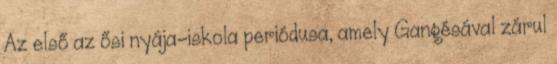
Az első az ősi nyája-iskola periódusa, amely Gangésával zárul